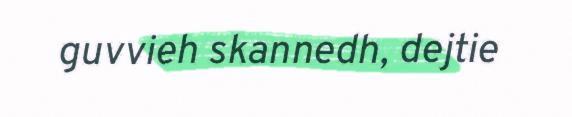
guvvieh skannedh, dejtie